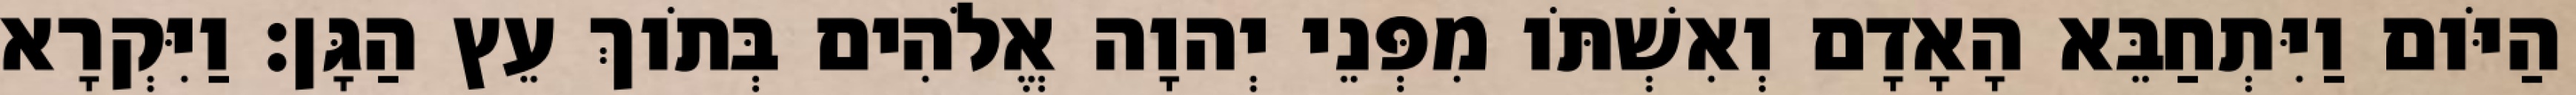
הַיֹּום וַיִּתְחַבֵּא הָאָדָם וְאִשְׁתֹּו מִפְּנֵי יְהוָה אֱלֹהִים בְּתֹוךְ עֵץ הַגָּן׃ וַיִּקְרָא